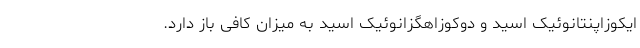
ایکوزاپنتانوئیک اسید و دوکوزاهگزانوئیک اسید به میزان کافی باز دارد.